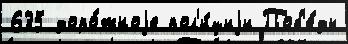
635 доро́жноjе пол'и́циjи Поб'е́ды